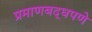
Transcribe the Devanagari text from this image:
प्रमाणबद्धपणे